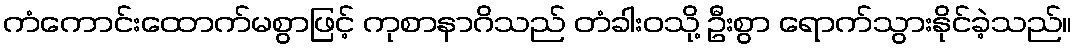
ကံကောင်းထောက်မစွာဖြင့် ကုစာနာဂိသည် တံခါးဝသို့ ဦးစွာ ရောက်သွားနိုင်ခဲ့သည်။